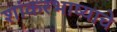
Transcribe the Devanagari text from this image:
शांकरभाष्याचे